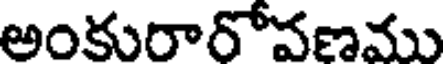
అంకురారోవణము